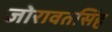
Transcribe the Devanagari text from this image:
जोरावतसिंह